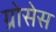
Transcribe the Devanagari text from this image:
ग्रोसेस